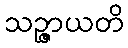
သဉ္ဇာယတိ